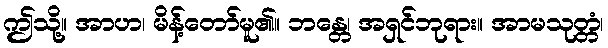
ဤသို့။ အာဟ၊ မိန့်တော်မူ၏။ ဘန္တေ၊ အရှင်ဘုရား။ အာမသုတ္တံ၊